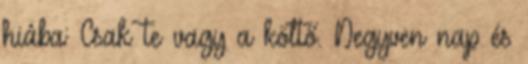
hiába: Csak te vagy a költő. Negyven nap és